Punjab Mental Hospital Lahore 1922-31 - 1922-1931
Year: 1922
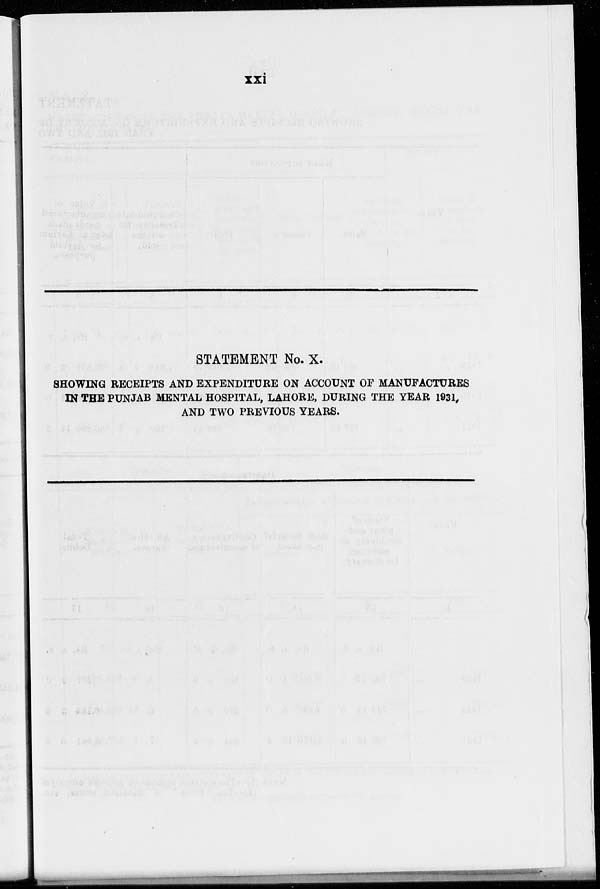
xxi
STATEMENT No. X.
SHOWING RECEIPTS AND EXPENDITURE ON ACCOUNT OF MANUFACTURES
IN THE PUNJAB MENTAL HOSPITAL, LAHORE, DURING THE YEAR 1931,
AND TWO PREVIOUS YEARS.